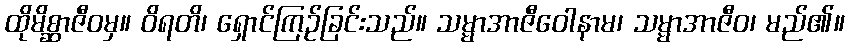
ထိုမိစ္ဆာဇီဝမှ။ ဝိရတိ၊ ရှောင်ကြဉ်ခြင်းသည်။ သမ္မာအာဇီဝေါနာမ၊ သမ္မာအာဇီဝ၊ မည်၏။